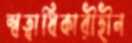
স্বত্বাধিকারীহীন